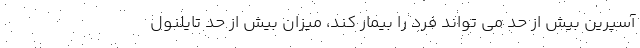
آسپرین بیش از حد می تواند فرد را بیمار کند، میزان بیش از حد تایلنول